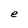
Character: e